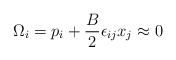
\begin{align*}\Omega_i = p_i + \frac{B}{2} \epsilon_{ij} x_j \approx 0\end{align*}